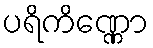
ပရိကိဏ္ဏော